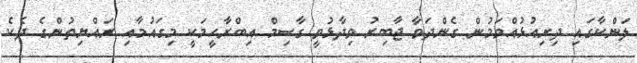
ލަންކާގައި ދިރިއުޅުއްވަމުން ގެންދަވާ ޖާބިރު ވިދާޅުވީ ގާސިމް އިބްރާހީމަކީ މިގައުމާއި ރައްޔިތުންގެ ދެކެ